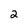
Character: 2